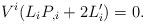
LaTeX: \begin{align*} V^i({L}_iP_{,i}+2{L}_i')=0.\end{align*}